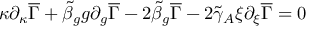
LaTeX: \kappa \partial _ { \kappa } \overline { { { \Gamma } } } + \tilde { \beta } _ { g } g \partial _ { g } \overline { { { \Gamma } } } - 2 \tilde { \beta } _ { g } \overline { { { \Gamma } } } - 2 \tilde { \gamma } _ { A } \xi \partial _ { \xi } \overline { { { \Gamma } } } = 0